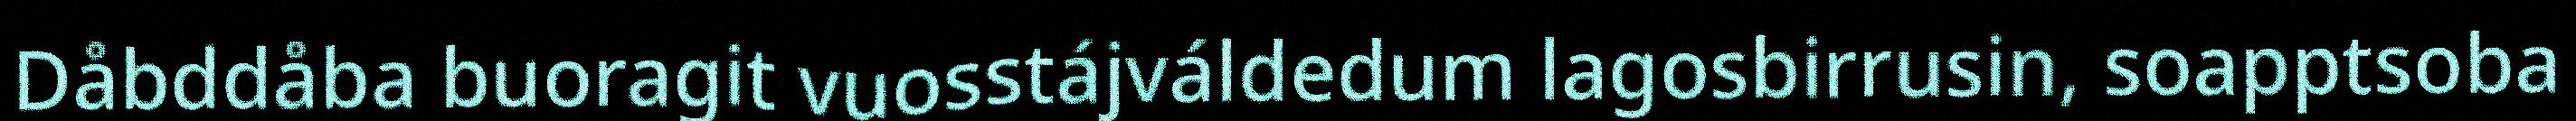
Dåbddåba buoragit vuosstájváldedum lagosbirrusin, soapptsoba